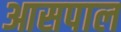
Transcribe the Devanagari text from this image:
आसपाल